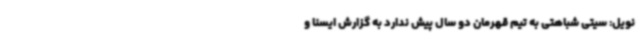
نویل: سیتی شباهتی به تیم قهرمان دو سال پیش ندارد به گزارش ایسنا و